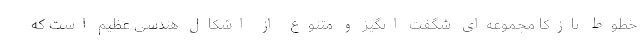
خطوط نازکا مجموعه‌ای شگفت انگیز و متنوع از اشکال هندسی عظیم است که